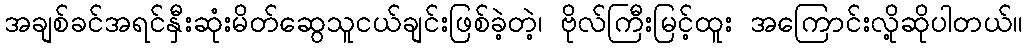
အချစ်ခင်အရင်နှီးဆုံးမိတ်ဆွေသူငယ်ချင်းဖြစ်ခဲ့တဲ့၊ ဗိုလ်ကြီးမြင့်ထူး အကြောင်းလို့ဆိုပါတယ်။